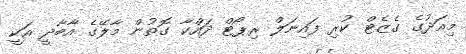
މިއަދުގެ ގެޒެޓް ކުރި ފައިނަލް ރިޕޯޓް ދައްކާ ގޮތުން މާލޭގެ އާބާދީ އަކީ